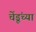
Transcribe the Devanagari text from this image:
चेंडूंच्या